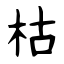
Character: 枯